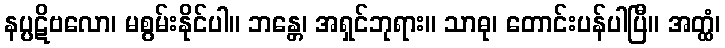
နပ္ပဋိဗလော၊ မစွမ်းနိုင်ပါ။ ဘန္တေ၊ အရှင်ဘုရား။ သာဓု၊ တောင်းပန်ပါပြီ။ အတ္ထံ၊